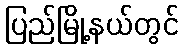
ပြည်မြို့နယ်တွင်